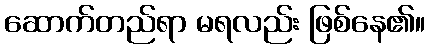
ဆောက်တည်ရာ မရလည်း ဖြစ်နေ၏။